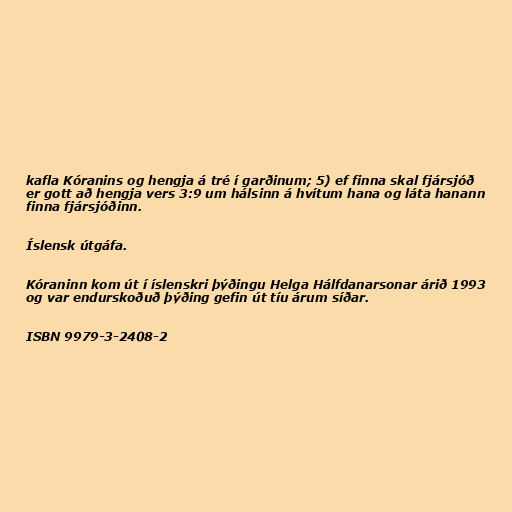
kafla Kóranins og hengja á tré í garðinum; 5) ef finna skal fjársjóð
er gott að hengja vers 3:9 um hálsinn á hvítum hana og láta hanann
finna fjársjóðinn.

Íslensk útgáfa.

Kóraninn kom út í íslenskri þýðingu Helga Hálfdanarsonar árið 1993
og var endurskoðuð þýðing gefin út tíu árum síðar.

ISBN 9979-3-2408-2